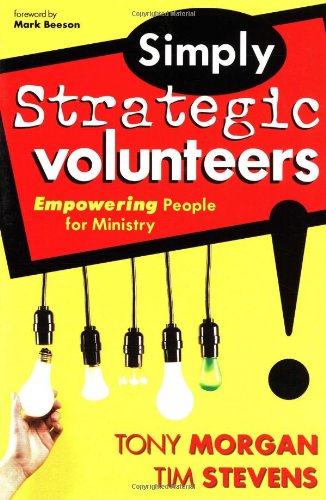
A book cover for Simply Strategic Volunteers: Empowering People for Ministry; Tony Morgan; Christian Books & Bibles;